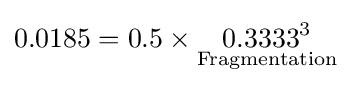
0.0185=0.5\times {\underset {\text{Fragmentation}}{0.3333^{3}}}